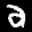
Label: 2